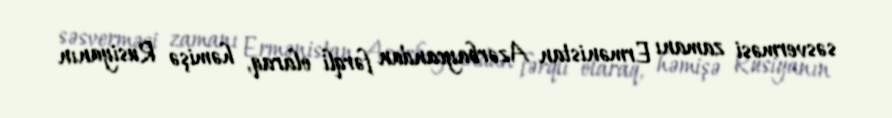
səsverməsi zamanı Ermənistan Azərbaycandan fərqli olaraq, həmişə Rusiyanın